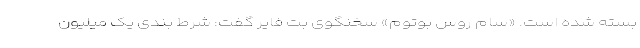
بسته شده است. «سام روس بوتوم» سخنگوی بت فایر گفت: شرط بندی یک میلیون